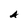
Character: A